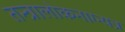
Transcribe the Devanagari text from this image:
तन्त्रालोकनाग्न्यत्र